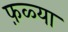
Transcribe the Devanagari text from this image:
फ़ळ्या